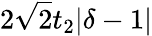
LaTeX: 2\sqrt{2}t_{2}|\delta-1|